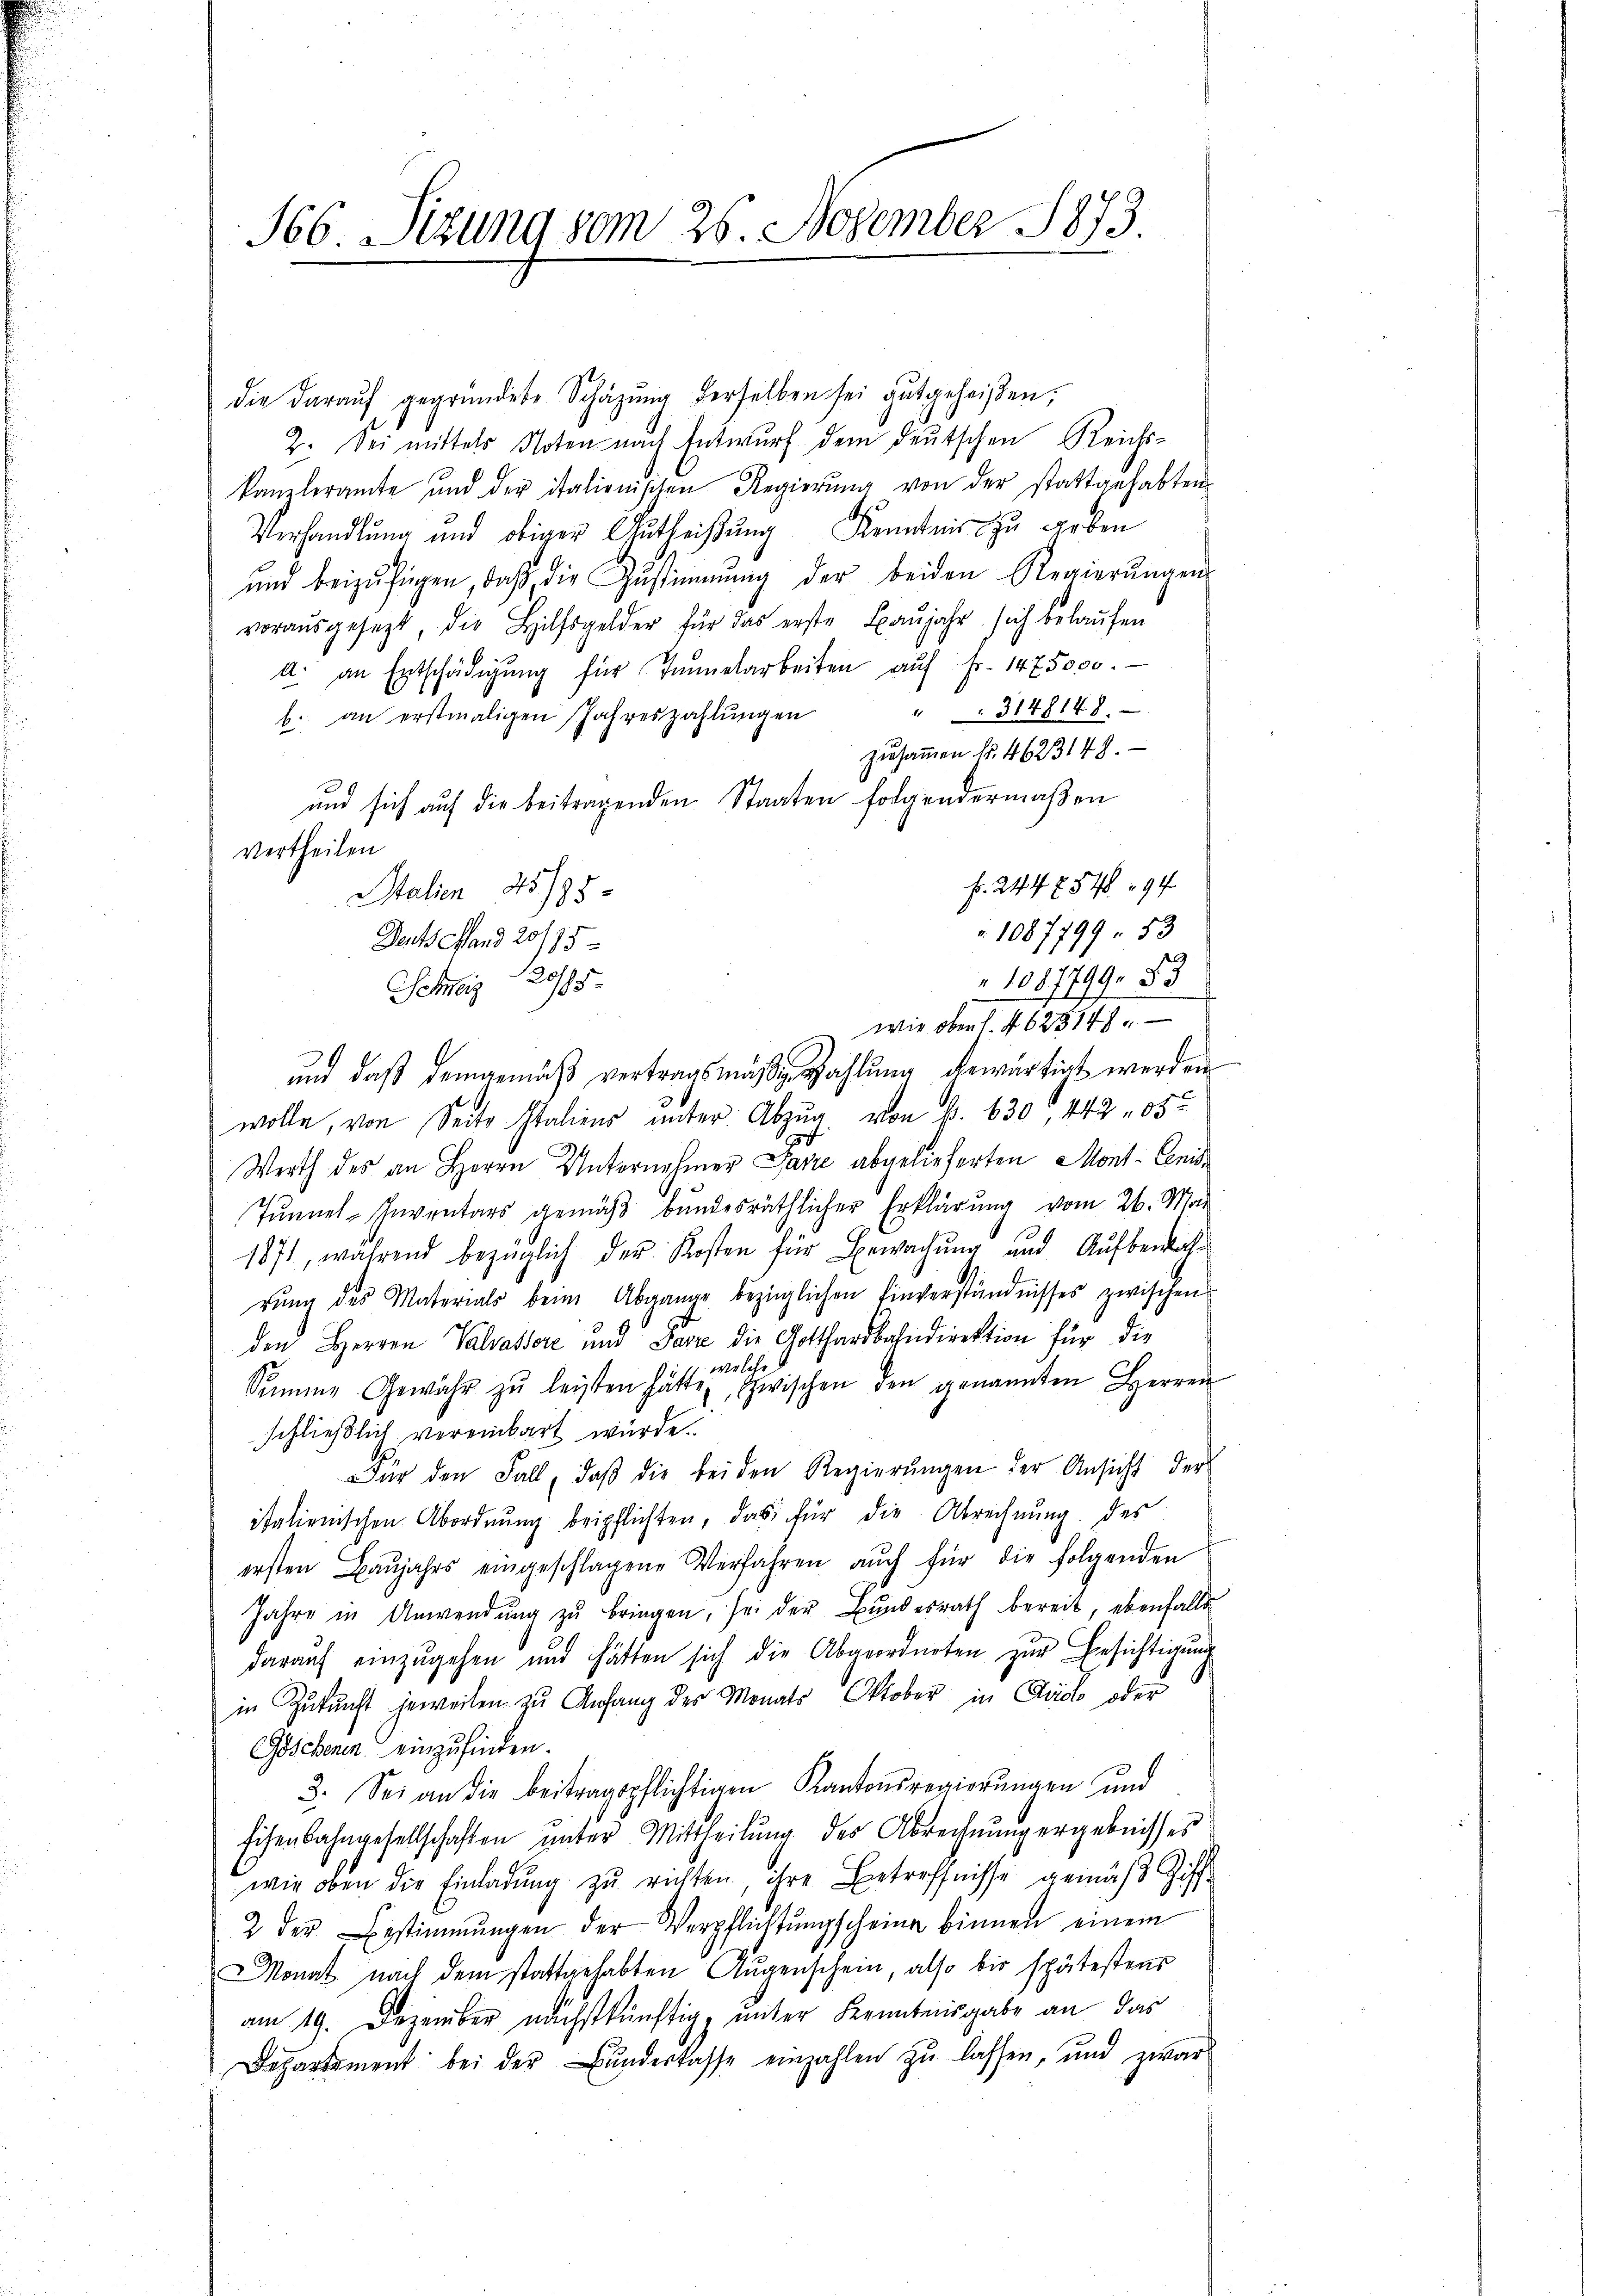
566 Sizung vom 25. November 1873.

die darauf gegründete Schäzŭng derselben sei gutgeheißen;
Z. Sei mittels Noten nach Entwurf dem deutschen Reichs-
kanzleramte ŭnd der italienischen Regierŭng von der stattgehabten
Verhandlung und obiger Antheißung Kenntnis zu geben
ŭnd beizufügen, daß die Zustimmung der beiden Regierŭngen
voraŭsgesezt, die Hilfsgelder für das erste Baŭjahr sich belaŭfen
A. an Entschädigŭng für Tannelarbeiten aŭf Fr. 1475000.
3148148.
b. an erstmaligen Jahreszahlungen
zusammen fr. 4623148.
und sich auf die beitragenden Staaten folgendermaßen
Vertheilen
Fr. 244754 194
Stalien 45/95
1087799. 53
Derts Stand 20775
1087799. 83
2095.
Schweiz
wie ober 1. 4625148.
und daß demgemäβ vertragsmäßige Zahlung gewärtigt werden
wolle, von Seite Italiens unter Abzug von B. 630, 442. 65
Werth des an Herrn Unternehmer Parze abgelieferten Mont-Cenis¬
Tunnel-Inventars gemäß bundesräthlicher Erklärung vom 26. Mai
1871, während bezüglich der Kosten für Bewachung und Aufbewahrŭng des Materials beim Abgange bezüglichen Einverständnisses zwischen
den Herren Valsassere und Parze die Gotthardbahndirektion für die
welche
Summe Gewähr zŭ leisten hatte, zwischen den genannten Herren
schließlich vereinbart würde.
Der den Fall, daβ die beiden Regierŭngen der Ansicht der
italienischen Abordnung beipflichten, das für die Abrechnung des
ersten Baŭjahrs eingeschlagene Verfahren aŭch für die folgenden
Jahre in Anwendung zu bringen, sei der Bundesrath bereit, ebenfalls
darauf einzugehen und hätten sich die Abgeordneten zur Besichtigung
S
in Zukunft jeweilen zu Anfang des Monats Oktober in Code oder
Göschenen einzufinden.
3. Sei an die beitragspflichtigen Kantonsregierungen und
Eisenbahngesellschaften ŭnter Mittheilŭng der Abrechnung ergebnisses
wir oben die Einladung zu richten, ihre Betreffnisse gemäß Ziff
2 der Bestimmungen der Verpflichtŭngscheine binnen einem
Monat nach dem stattgehabten Augenschein, also bis spätestens
am 19. Dezember nächstkünftig, unter Kenntnisgabe an das
Departement bei der Bunderlasse einzahlen zu lassen, und zwar